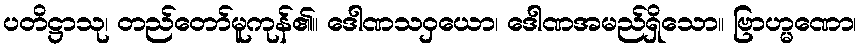
ပတိဋ္ဌာသု၊ တည်တော်မူကုန်၏။ ဒေါဏသဝှယော၊ ဒေါဏအမည်ရှိသော။ ဗြာဟ္မဏော၊